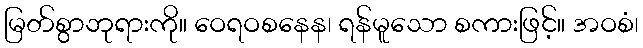
မြတ်စွာဘုရားကို။ ဝေရဝစနေန၊ ရန်မူသော စကားဖြင့်။ အဝစံ၊